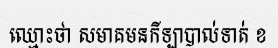
ឈ្មោះថា សមាគមនកីឡាបាល់ទាត់ ខ